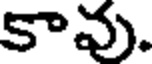
కావు.